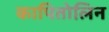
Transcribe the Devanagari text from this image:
कापितोलिन